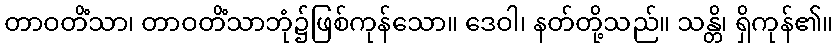
တာဝတိံသာ၊ တာဝတိံသာဘုံ၌ဖြစ်ကုန်သော။ ဒေဝါ၊ နတ်တို့သည်။ သန္တိ၊ ရှိကုန်၏။